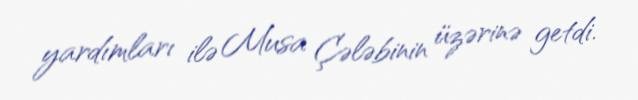
yardımları ilə Musa Çələbinin üzərinə getdi.